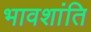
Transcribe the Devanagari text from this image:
भावशांति